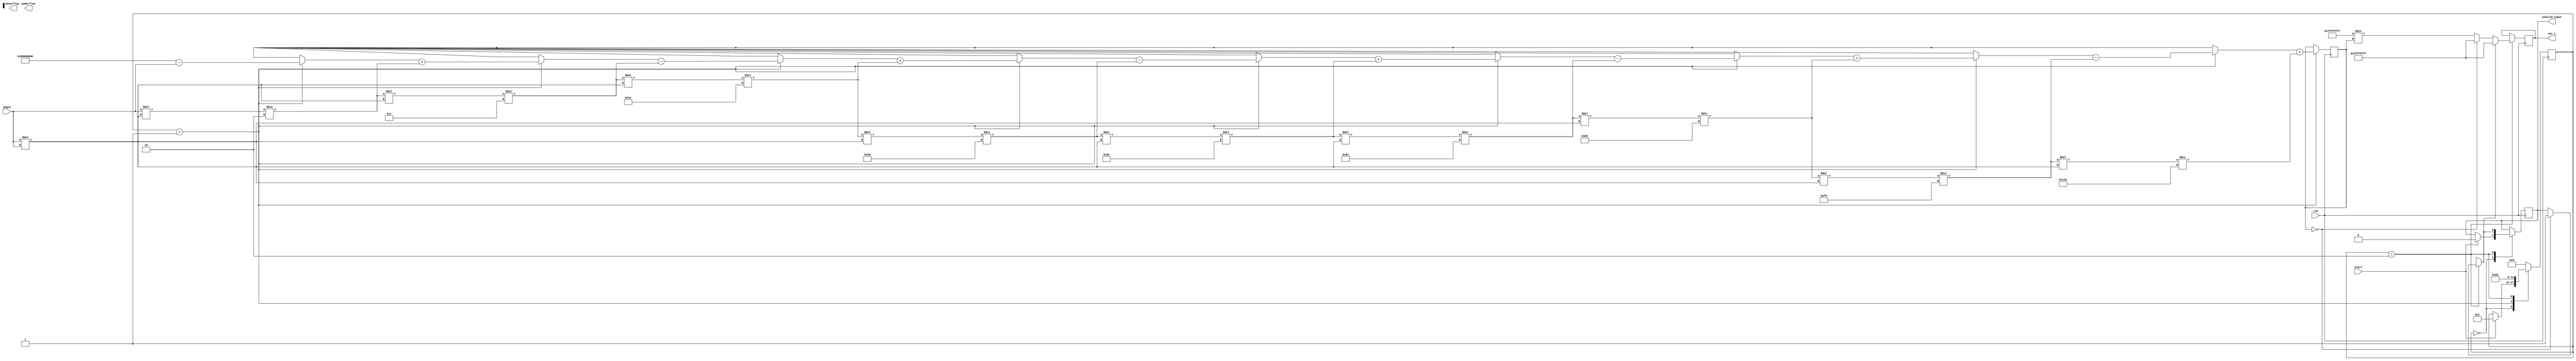
module secant_function (
    input wire [31:0] angle,        // Angle input in radians (32-bit fixed-point or floating-point)
    input wire start,               // Control signal to start the computation
    input wire clk,                 // Clock signal
    output reg [31:0] sec_x,        // Secant output value
    output reg overflow,            // Overflow flag
    output reg underflow,           // Underflow flag
    output reg invalid_input        // Invalid input flag
);

    reg [31:0] cos_x;              // Cosine output
    reg [5:0] state;               // State variable for FSM

    // State machine states
    localparam IDLE = 0;
    localparam CALC_COS = 1;
    localparam CALC_SEC = 2;
    localparam DONE = 3;

    // Taylor series coefficients for cos(x) approximation
    localparam INTEGER_PART = 31;  // Adjust based on precision needed
    reg [31:0] cos_accum;          // Accumulator for cosine value

    // Cosine computation using Taylor series expansion
    function [31:0] cosine(input [31:0] x);
        integer i;
        reg [31:0] term;
        begin
            term = x; // First term is x
            cosine = 32'h80000000; // cos(0) = 1 in Q31 format
            for (i = 1; i <= 10; i = i + 1) begin // 10 terms for approximation
                if (i % 2 == 1) begin
                    cosine = cosine - term; // Subtract odd terms
                end else begin
                    cosine = cosine + term; // Add even terms
                end
                term = term * (x * x) / ((2 * i) * (2 * i - 1)); // Update term
            end
        end
    endfunction

    // Compute reciprocal
    function [31:0] reciprocal(input [31:0] value);
        if (value == 0)
            begin
                invalid_input = 1; // Set invalid input flag
                reciprocal = 32'hFFFFFFFF; // Indicate error
            end
        else
            begin
                reciprocal = 32'h7FFFFFFF / value; // Approximate 1 / value (Q31)
            end
    endfunction

    // Sequential logic for the state machine
    always @(posedge clk) begin
        case (state)
            IDLE: begin
                if (start) begin
                    state <= CALC_COS; // Move to calculate cosine
                    invalid_input <= 0; // Clear invalid input
                end
            end

            CALC_COS: begin
                cos_x <= cosine(angle); // Calculate cosine
                state <= CALC_SEC; // Move to calculate secant
            end

            CALC_SEC: begin
                sec_x <= reciprocal(cos_x); // Calculate secant
                if (invalid_input) begin
                    sec_x <= 32'hFFFFFFFF; // Set error
                end
                state <= DONE; // Move to done state
            end

            DONE: begin
                // Output stabilization or further processing can be done here
                state <= IDLE; // Reset state machine
            end

            default: state <= IDLE; // Default to IDLE
        endcase
    end

endmodule